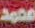
محمد